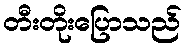
တီးတိုးပြောသည်